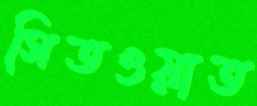
সিতওয়াত